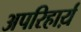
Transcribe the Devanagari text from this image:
अपरिहार्य़